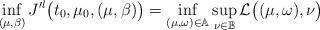
LaTeX: \begin{align*}\inf_{(\mu,\beta)} J'^l \bigl(t_0,\mu_0,(\mu,\beta) \bigr) = \inf_{(\mu,\omega) \in \mathbb{A}} \sup_{\nu \in \mathbb{B}} \mathcal{L} \bigl((\mu,\omega),\nu \bigr)\end{align*}